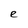
Character: e